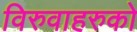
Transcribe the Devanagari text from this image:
विरुवाहरुको